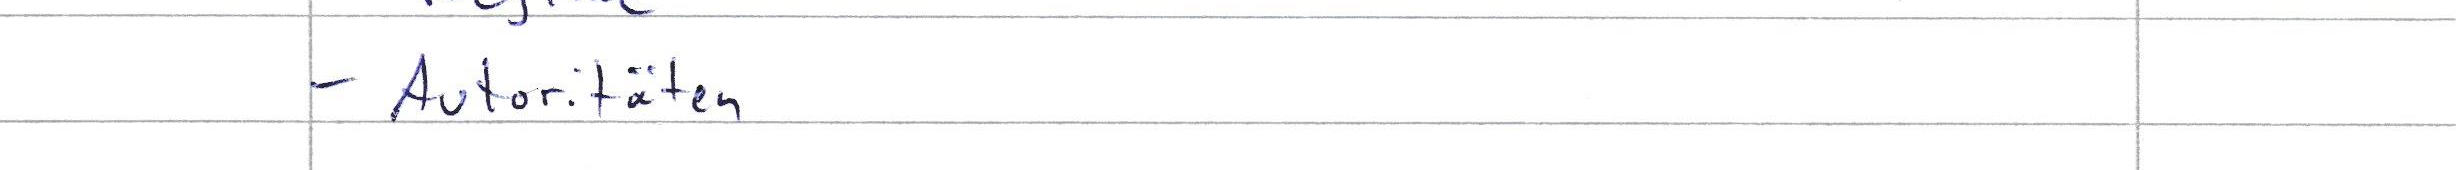
- Autoritäten